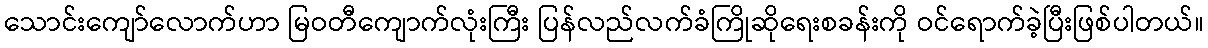
သောင်းကျော်လောက်ဟာ မြဝတီကျောက်လုံးကြီး ပြန်လည်လက်ခံကြိုဆိုရေးစခန်းကို ဝင်ရောက်ခဲ့ပြီးဖြစ်ပါတယ်။